Leningradi_Edasi_toimetus, lk 4
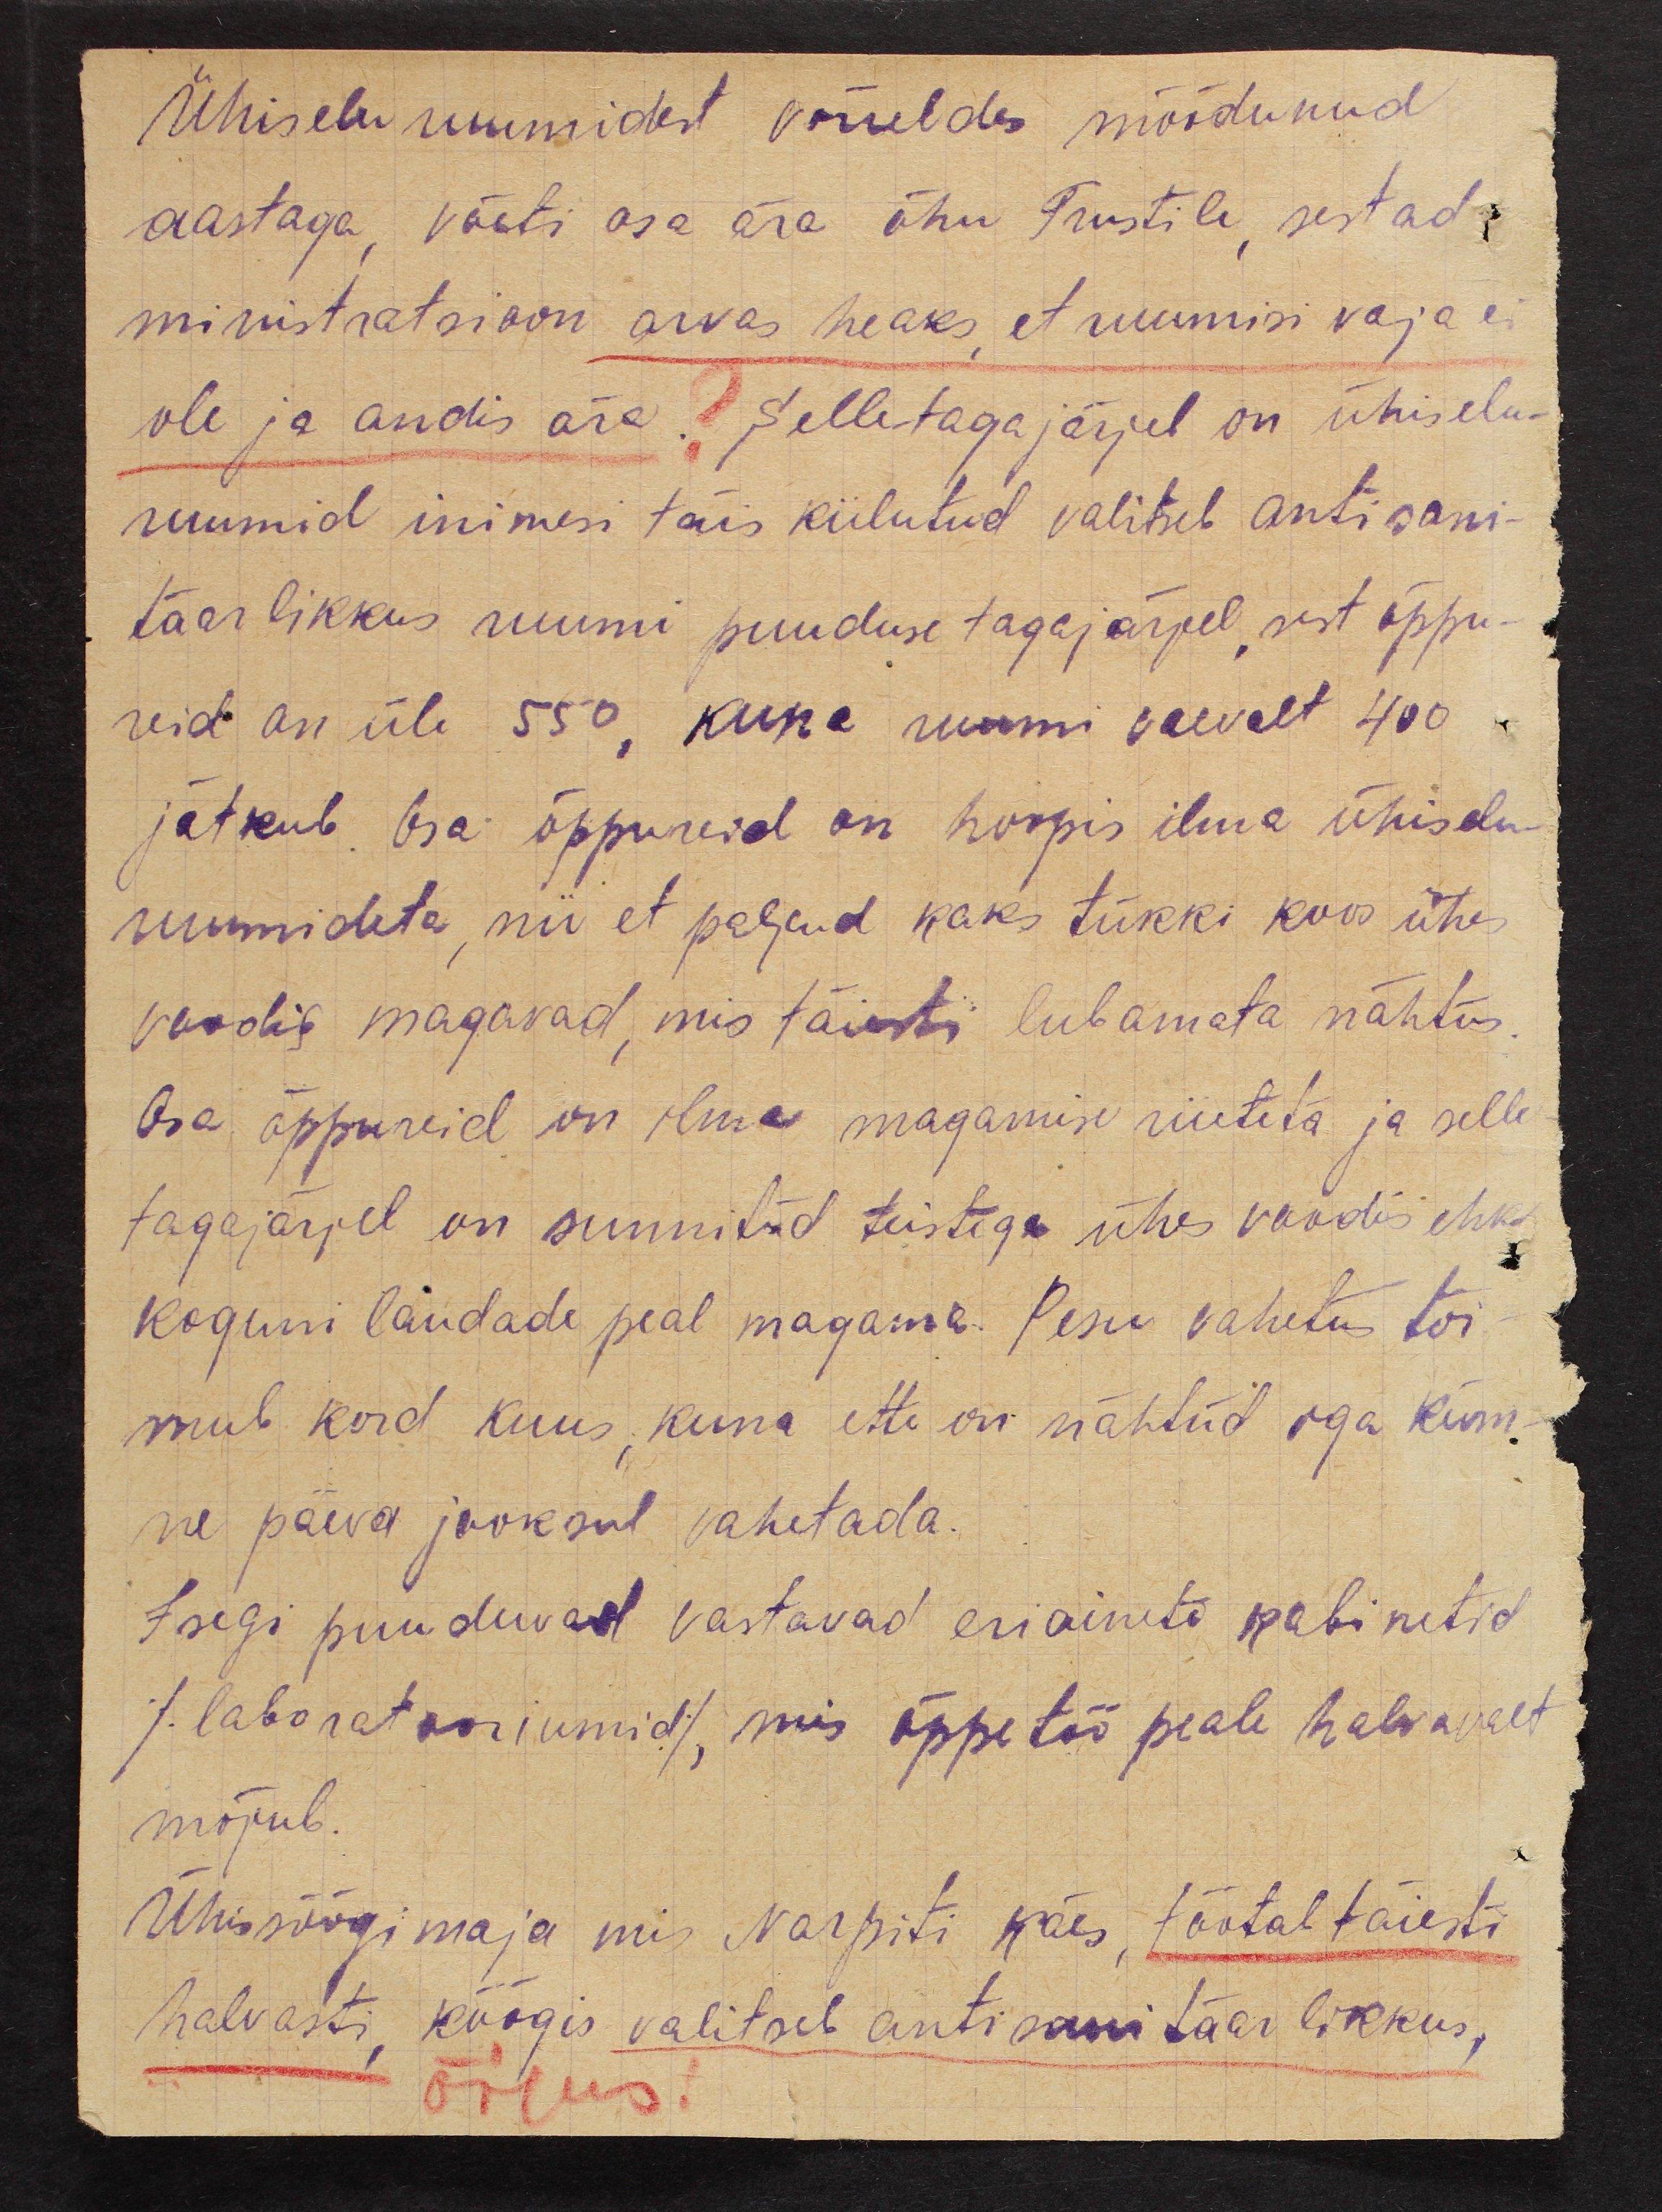
Ühiseluruumidest võrreldes möödunud
aastaga, võeti osa ära õhu Trustile, sest ad-
ministratsioon arvas heaks,et ruumisi vaja ei
ole ja andis ära. Selle tagajärjel on ühiselu-
ruumid inimesi täis kiilutud valitseb antisani-
taarlikkus ruumi puuduse tagajärjel, sest õppu-
reid on üle 550, kuna ruumi vaevalt 400
jätkub. Osa õppureid on hoopis ilma ühiselu-
ruumideta, nii et paljud kaks tükki koos ühes
voodis magavad, mis täiesti lubamata nähtus.
Osa õppureid on ilma magamise riieteta ja selle
tagajärjel on sunnitud teistega ühes voodis ehk
koguni laudade peal magama. Pesu vahetus toi-
mub kord kuus, kuna ette on nähtud iga küm-
ne päeva jooksul vahetada.
Isegi puuduvad vastavad eriainete kabinetid
(laboratooriumid), mis õppetöö peale halvavalt
mõjub.
Ühissöögimaja mis Narpiti käes, töötab täiesti
halvasti, köögis valitseb antisanitaarikkus,
- õigus!